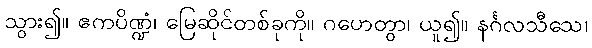
သွား၍။ ဧကပိဏ္ဍံ၊ မြေဆိုင်တစ်ခုကို။ ဂဟေတွာ၊ ယူ၍။ နင်္ဂလသီသေ၊